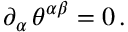
\partial _ { \alpha } \, \theta ^ { \alpha \beta } = 0 \, .